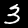
Label: 3